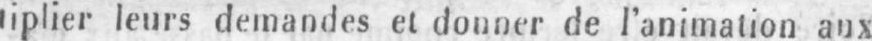
tiplier leurs demandes et donner de l’animation aux